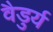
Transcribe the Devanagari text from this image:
वैडुर्य